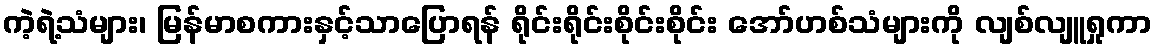
ကဲ့ရဲ့သံများ၊ မြန်မာစကားနှင့်သာပြောရန် ရိုင်းရိုင်းစိုင်းစိုင်း အော်ဟစ်သံများကို လျစ်လျူရှုကာ